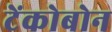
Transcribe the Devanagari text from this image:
टेंकोबोन